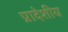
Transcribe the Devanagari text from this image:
प्रादेशीय